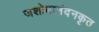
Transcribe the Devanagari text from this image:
जशोधानंदनकृत